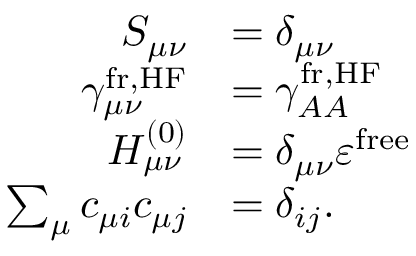
\begin{array} { r l } { S _ { \mu \nu } } & { = \delta _ { \mu \nu } } \\ { \gamma _ { \mu \nu } ^ { \mathrm { f r , H F } } } & { = \gamma _ { A A } ^ { \mathrm { f r , H F } } } \\ { H _ { \mu \nu } ^ { ( 0 ) } } & { = \delta _ { \mu \nu } \varepsilon ^ { \mathrm { f r e e } } } \\ { \sum _ { \mu } c _ { \mu i } c _ { \mu j } } & { = \delta _ { i j } . } \end{array}